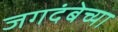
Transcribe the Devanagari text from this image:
जगदंबेच्या